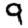
Digit: 9